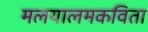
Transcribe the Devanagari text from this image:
मलयालमकविता